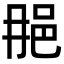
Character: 𨚉